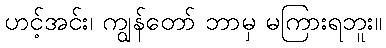
ဟင့်အင်း၊ ကျွန်တော် ဘာမှ မကြားရဘူး။